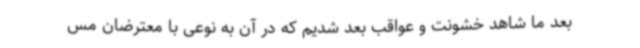
بعد ما شاهد خشونت و عواقب بعد شدیم که در آن به نوعی با معترضان مس